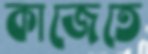
কাজেতে